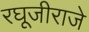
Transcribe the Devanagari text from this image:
रघूजीराजे